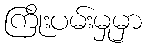
ကြိုးပမ်းမှုမှာ